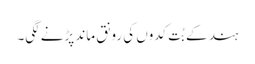
ہند کے بُت کدوں کی رونق ماند پڑنے لگی۔